Annual report of the Central Committee of the Association together with the report of the directors of the Pasteur Institute at Kasauli
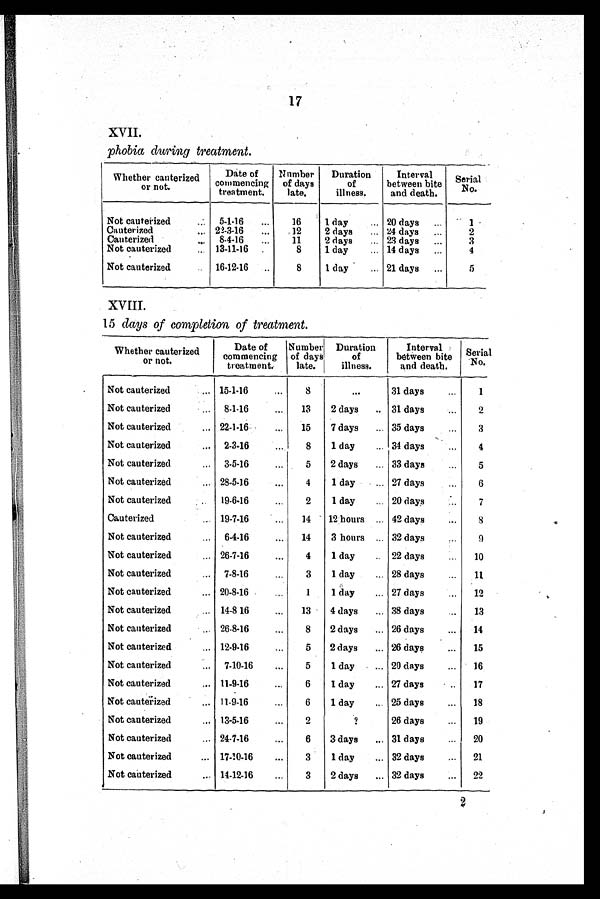
17
XVII.
phobia during treatment.
Whether cauterized
or not.
Date of
commencing
treatment.
Number
of days
late.
Duration
of
illness.
Interval
between bite
and death.
Serial
No.
Not cauterized
5-1-16
16
1 day
20 days
1
Cauterized
22-3-16
12
2 days
24 days
2
Cauterized
8-4-16
11
2 days
23 days
3
Not cauterized
13-11-16.
8
1 day
14 days
4
Not cauterized
1 6 - 1 2 - 1 6
8
1 day
21 days
5
XVIII.
15 days of completion of treatment.
Whether cauterized
or not.
Date of
commencing
treatmentt.
Number
of days
late.
Duration
of
illness.
Interval
between bite
and death.
Serial
No.
Not cauterized
15-1-16
8
...
31 days
1
Not cauterized
8-1-16
13
2 days
31 days
2
Not cauterized
22-1-16
15
7 days
35 days
3
Not cauterized
2-3-16
8
1 day
34 days
4
Not cauterized
3-5-16
5
2 days
33 days
5
Not cauterized
28-5-16
4
1 day
27 days
6
Not cauterized
19-6-16
2
1 day
20 days
7
cauterized
19-7-16
14 12 hours
42 days
8
Not cauterized
6-4-16
14
3 hours
32 days
9
Not cauterized
26-7-16
4
1 day
22 days
10
Not cauterized
7-8-16
3
1 day
28 days
11
Not cauterized
20-8-16
1
1 day
27 days
12
Not cauterized
14-8-16
13
4 days
38 days
13
Not cauterized
26-8.16
8
2 days
26 days
14
Not cauterized
12-9-16
5
2 days
26 days
15
Not cauterized
7-10-16
5
1 day
20 days
16
Not cauterized
11-9-16
6
1 day
27 days
17
Not cauterized
11-9-16
6
1 day
25 days
18
Not cauterized
13-5-16
2
?
26 days
19
Not cauterized
24-7-16
6
3 days
31 days
20
Not cauterized
17-10-16
3
1 day
32 days
21
Not cauterized
14-12-16
3
2 days
32 days
22
2